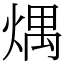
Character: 㷒